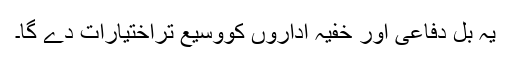
یہ بل دفاعی اور خفیہ اداروں کووسیع تراختیارات دے گا۔